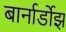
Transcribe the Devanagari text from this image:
बार्नार्डोझ